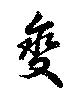
變